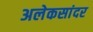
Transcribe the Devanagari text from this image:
अलेकसांदर